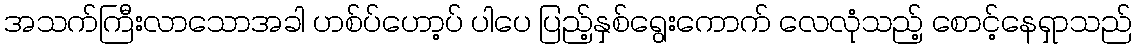
အသက်ကြီးလာသောအခါ ဟစ်ပ်ဟော့ပ် ပါပေ ပြည့်နှစ်ရွေးကောက် လေလုံသည့် စောင့်နေရှာသည်